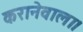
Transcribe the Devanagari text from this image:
करानेवाला।